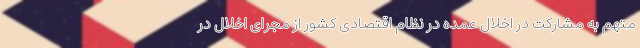
متهم به مشارکت در اخلال عمده در نظام اقتصادی کشور از مجرای اخلال در